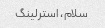
سلام، استرلینگ